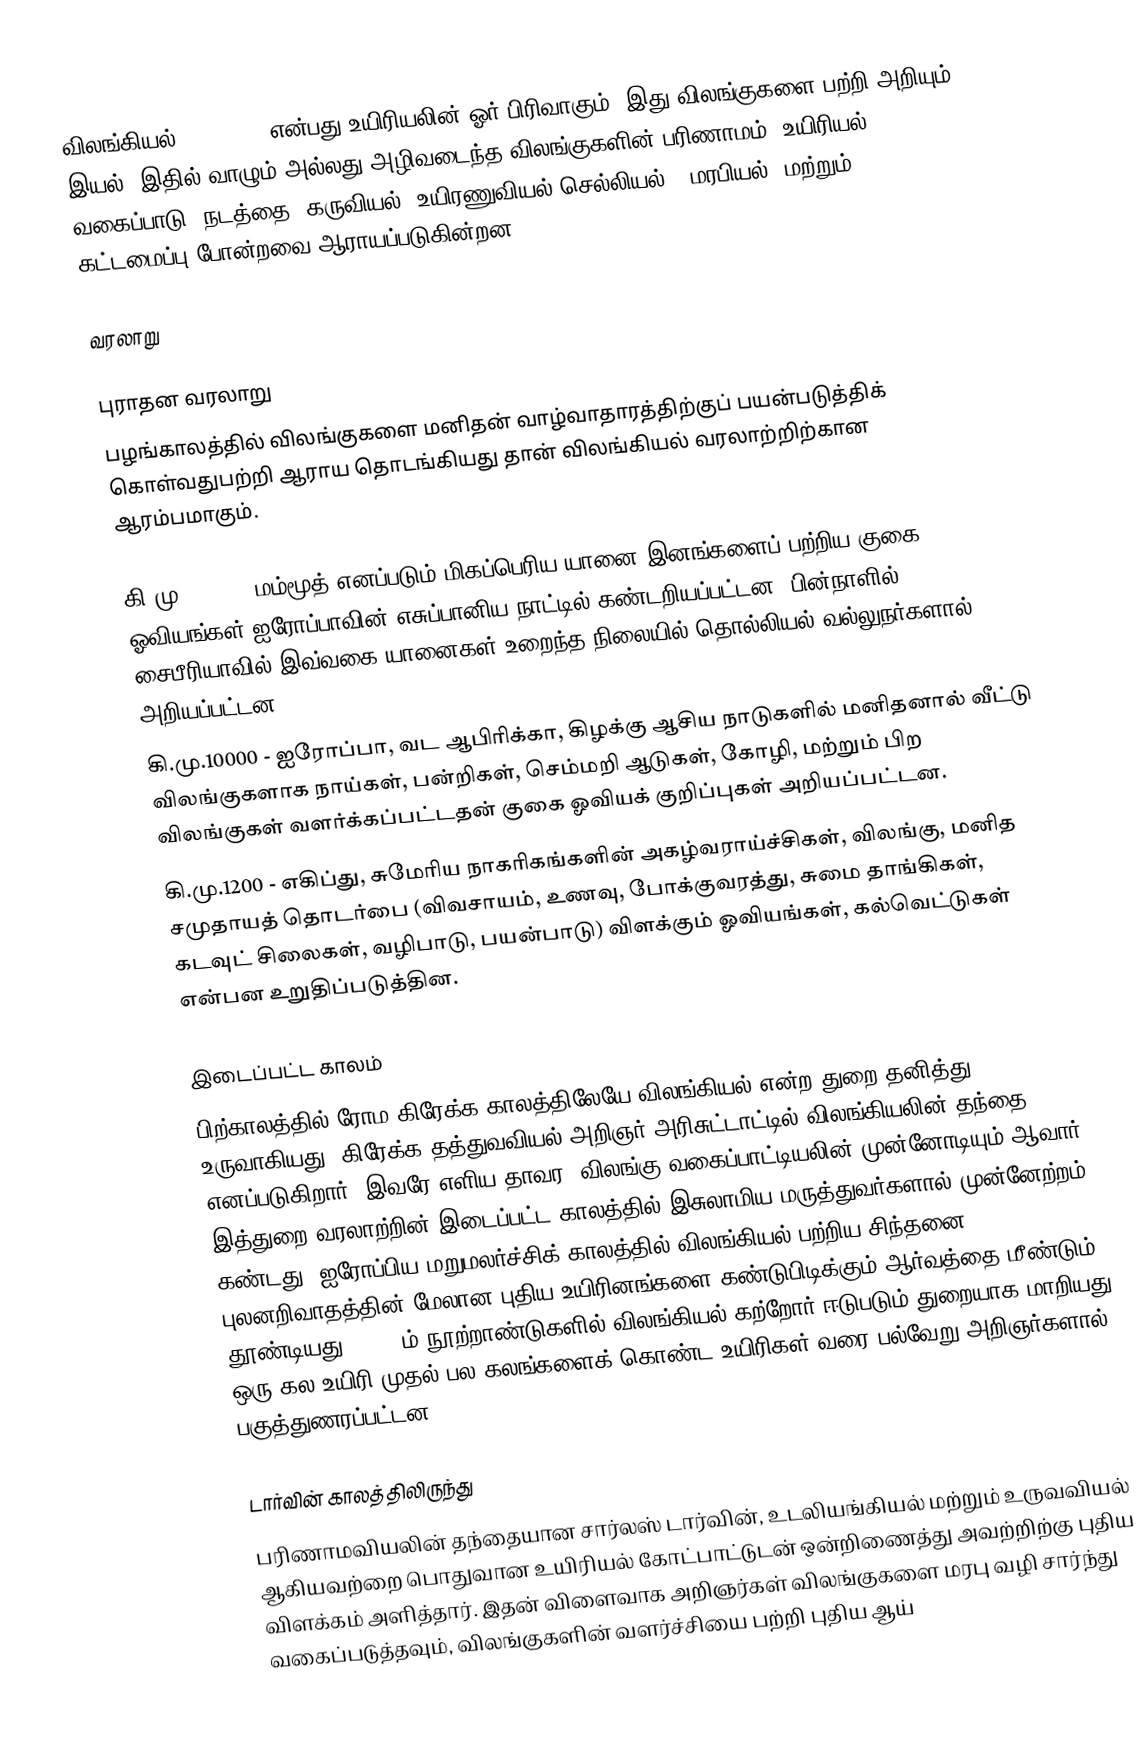
விலங்கியல் (Zoology) என்பது உயிரியலின் ஓர் பிரிவாகும். இது விலங்குகளை பற்றி அறியும் இயல். இதில் வாழும் அல்லது அழிவடைந்த விலங்குகளின் பரிணாமம், உயிரியல் வகைப்பாடு, நடத்தை, கருவியல், உயிரணுவியல்(செல்லியல்), மரபியல், மற்றும் கட்டமைப்பு போன்றவை ஆராயப்படுகின்றன.

வரலாறு

புராதன வரலாறு
பழங்காலத்தில் விலங்குகளை மனிதன் வாழ்வாதாரத்திற்குப் பயன்படுத்திக் கொள்வதுபற்றி ஆராய தொடங்கியது தான் விலங்கியல் வரலாற்றிற்கான ஆரம்பமாகும்.

கி.மு.28000 - மம்மூத் எனப்படும் மிகப்பெரிய யானை இனங்களைப் பற்றிய குகை ஓவியங்கள் ஐரோப்பாவின் எசுப்பானிய நாட்டில் கண்டறியப்பட்டன. பின்நாளில் சைபீரியாவில் இவ்வகை யானைகள் உறைந்த நிலையில் தொல்லியல் வல்லுநர்களால் அறியப்பட்டன.
கி.மு.10000 - ஐரோப்பா, வட ஆபிரிக்கா, கிழக்கு ஆசிய நாடுகளில் மனிதனால்  வீட்டு விலங்குகளாக நாய்கள், பன்றிகள், செம்மறி ஆடுகள், கோழி, மற்றும் பிற விலங்குகள் வளர்க்கப்பட்டதன் குகை ஓவியக் குறிப்புகள் அறியப்பட்டன.
கி.மு.1200 - எகிப்து, சுமேரிய நாகரிகங்களின் அகழ்வராய்ச்சிகள், விலங்கு, மனித சமுதாயத் தொடர்பை (விவசாயம், உணவு, போக்குவரத்து, சுமை தாங்கிகள், கடவுட் சிலைகள், வழிபாடு, பயன்பாடு) விளக்கும் ஓவியங்கள், கல்வெட்டுகள் என்பன உறுதிப்படுத்தின.

இடைப்பட்ட காலம்
பிற்காலத்தில் ரோம-கிரேக்க காலத்திலேயே விலங்கியல் என்ற துறை தனித்து உருவாகியது. கிரேக்க தத்துவவியல் அறிஞர் அரிசுட்டாட்டில் விலங்கியலின் தந்தை எனப்படுகிறார். இவரே எளிய தாவர, விலங்கு வகைப்பாட்டியலின் முன்னோடியும் ஆவார். இத்துறை வரலாற்றின் இடைப்பட்ட காலத்தில்  இசுலாமிய மருத்துவர்களால் முன்னேற்றம் கண்டது. ஐரோப்பிய மறுமலர்ச்சிக் காலத்தில் விலங்கியல் பற்றிய சிந்தனை புலனறிவாதத்தின் மேலான புதிய உயிரினங்களை கண்டுபிடிக்கும் ஆர்வத்தை மீண்டும் தூண்டியது. 18-19ம் நூற்றாண்டுகளில் விலங்கியல் கற்றோர் ஈடுபடும் துறையாக மாறியது. ஒரு கல உயிரி முதல் பல கலங்களைக் கொண்ட உயிரிகள் வரை பல்வேறு அறிஞர்களால் பகுத்துணரப்பட்டன.

டார்வின் காலத்திலிருந்து
பரிணாமவியலின் தந்தையான சார்லஸ் டார்வின், உடலியங்கியல் மற்றும் உருவவியல் ஆகியவற்றை பொதுவான உயிரியல் கோட்பாட்டுடன் ஒன்றிணைத்து அவற்றிற்கு புதிய விளக்கம் அளித்தார். இதன் விளைவாக அறிஞர்கள் விலங்குகளை மரபு வழி சார்ந்து வகைப்படுத்தவும், விலங்குகளின் வளர்ச்சியை பற்றி புதிய ஆய்